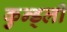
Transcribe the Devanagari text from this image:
कुन्ड्ली